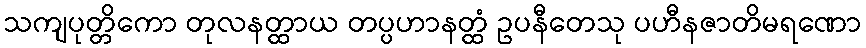
သကျပုတ္တိကော တုလနတ္ထာယ တပ္ပဟာနတ္ထံ ဥပနီတေသု ပဟီနဇာတိမရဏော